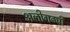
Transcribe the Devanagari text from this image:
अलीगढची